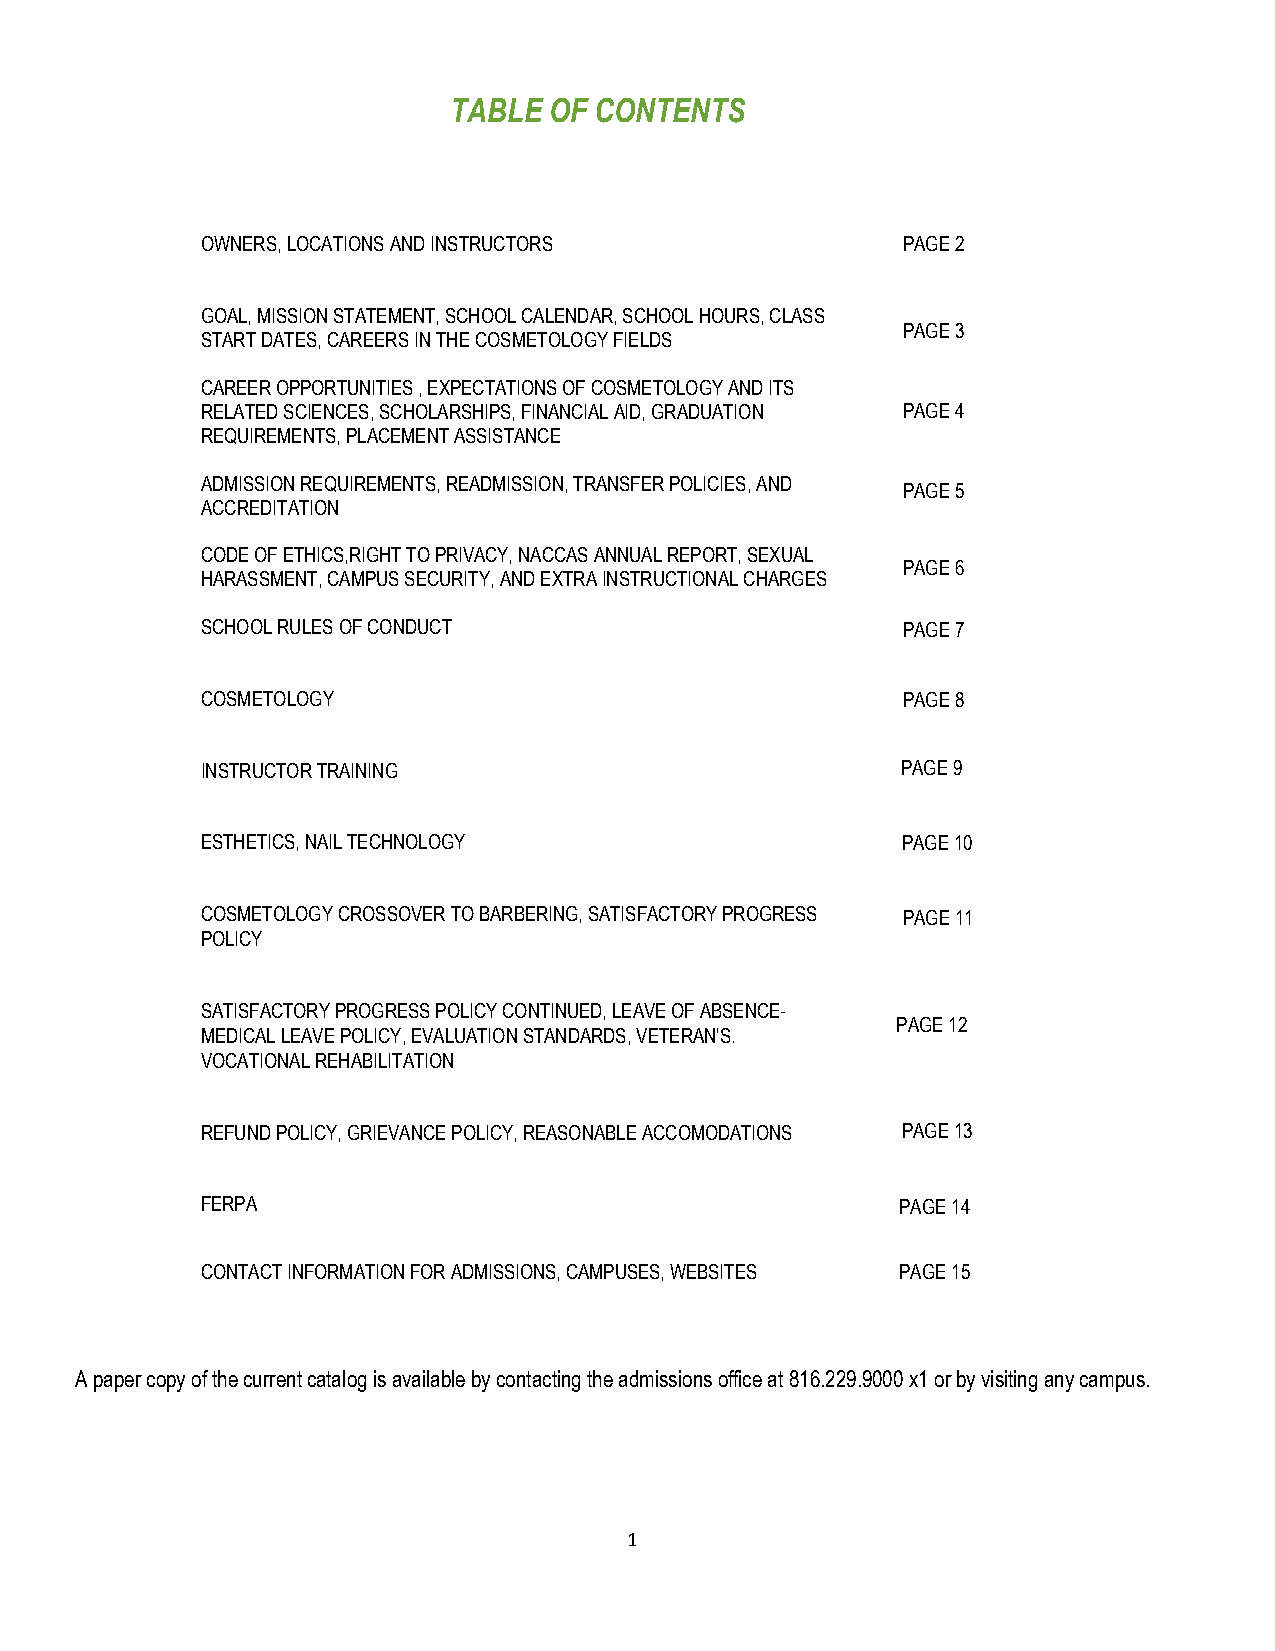
TABLE OF CONTENTS
 OWNERS, LOCATIONS AND INSTRUCTORS              PAGE 2
 GOAL, MISSION STATEMENT, SCHOOL CALENDAR, SCHOOL HOURS, CLASS
 PAGE 3
 START DATES, CAREERS IN THE COSMETOLOGY FIELDS
 CAREER OPPORTUNITIES , EXPECTATIONS OF COSMETOLOGY AND ITS
 RELATED SCIENCES, SCHOLARSHIPS, FINANCIAL AID, GRADUATION PAGE 4
 REQUIREMENTS, PLACEMENT ASSISTANCE
 ADMISSION REQUIREMENTS, READMISSION, TRANSFER POLICIES, AND
 PAGE 5
 ACCREDITATION
 CODE OF ETHICS,RIGHT TO PRIVACY, NACCAS ANNUAL REPORT, SEXUAL
 PAGE 6
 HARASSMENT, CAMPUS SECURITY, AND EXTRA INSTRUCTIONAL CHARGES
 SCHOOL RULES OF CONDUCT                        PAGE 7
 COSMETOLOGY                                    PAGE 8
 INSTRUCTOR TRAINING                            PAGE 9
 ESTHETICS, NAIL TECHNOLOGY                     PAGE 10
 COSMETOLOGY CROSSOVER TO BARBERING, SATISFACTORY PROGRESS PAGE 11
 POLICY
 SATISFACTORY PROGRESS POLICY CONTINUED, LEAVE OF ABSENCE-
 PAGE 12
 MEDICAL LEAVE POLICY, EVALUATION STANDARDS, VETERAN'S.
 VOCATIONAL REHABILITATION
 REFUND POLICY, GRIEVANCE POLICY, REASONABLE ACCOMODATIONS PAGE 13
 FERPA                                          PAGE 14
 CONTACT INFORMATION FOR ADMISSIONS, CAMPUSES, WEBSITES PAGE 15
 A paper copy of the current catalog is available by contacting the admissions office at 816.229.9000 x1 or by visiting any campus.
 1